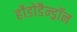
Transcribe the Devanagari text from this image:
र्होडोडैन्ड्रॉन